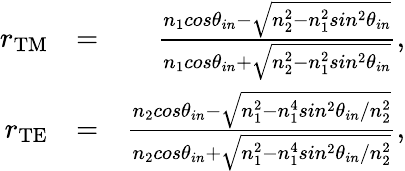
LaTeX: \begin{array}{rlr}{r_{\mathrm{TM}}}&{=}&{\frac{n_{1}cos\theta_{in}-\sqrt{n_{2}^{2}-n_{1}^{2}sin^{2}\theta_{in}}}{n_{1}cos\theta_{in}+\sqrt{n_{2}^{2}-n_{1}^{2}sin^{2}\theta_{in}}},}\\ {r_{\mathrm{TE}}}&{=}&{\frac{n_{2}cos\theta_{in}-\sqrt{n_{1}^{2}-n_{1}^{4}sin^{2}\theta_{in}/n_{2}^{2}}}{n_{2}cos\theta_{in}+\sqrt{n_{1}^{2}-n_{1}^{4}sin^{2}\theta_{in}/n_{2}^{2}}},}\end{array}